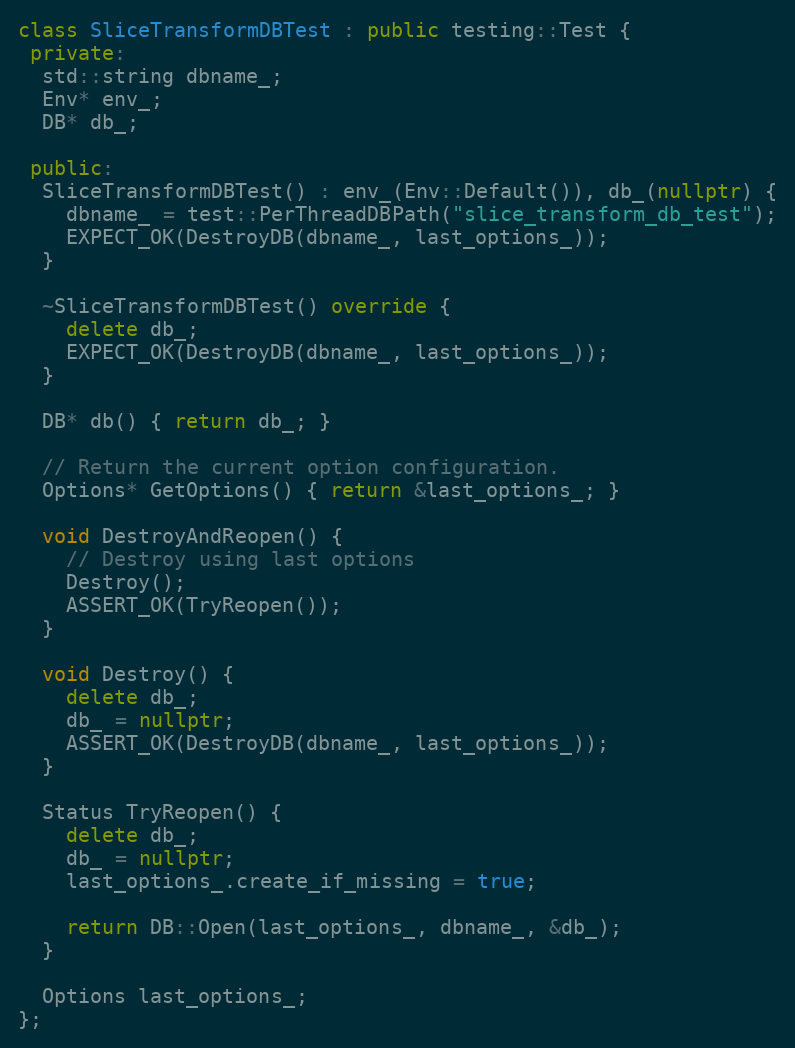
Language: C++
class SliceTransformDBTest : public testing::Test {
 private:
  std::string dbname_;
  Env* env_;
  DB* db_;

 public:
  SliceTransformDBTest() : env_(Env::Default()), db_(nullptr) {
    dbname_ = test::PerThreadDBPath("slice_transform_db_test");
    EXPECT_OK(DestroyDB(dbname_, last_options_));
  }

  ~SliceTransformDBTest() override {
    delete db_;
    EXPECT_OK(DestroyDB(dbname_, last_options_));
  }

  DB* db() { return db_; }

  // Return the current option configuration.
  Options* GetOptions() { return &last_options_; }

  void DestroyAndReopen() {
    // Destroy using last options
    Destroy();
    ASSERT_OK(TryReopen());
  }

  void Destroy() {
    delete db_;
    db_ = nullptr;
    ASSERT_OK(DestroyDB(dbname_, last_options_));
  }

  Status TryReopen() {
    delete db_;
    db_ = nullptr;
    last_options_.create_if_missing = true;

    return DB::Open(last_options_, dbname_, &db_);
  }

  Options last_options_;
};